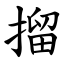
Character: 㨨